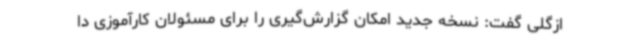
ازگلی گفت: نسخه جدید امکان گزارش‌گیری را برای مسئولان کارآموزی دا